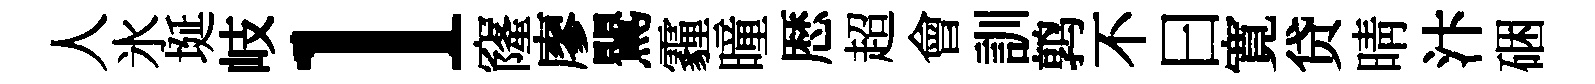
人氷埏岐l窿廖鸎霾曈厯超會訓鹑不曰寛贷晴汴硱